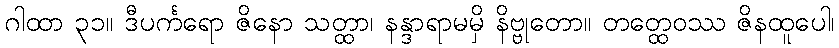
ဂါထာ ၃၁။ ဒီပင်္ကရော ဇိနော သတ္ထာ၊ နန္ဒာရာမမှိ နိဗ္ဗုတော။ တတ္ထေဝဿ ဇိနထူပေါ၊